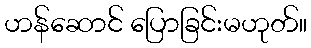
ဟန်ဆောင် ပြောခြင်းမဟုတ်။